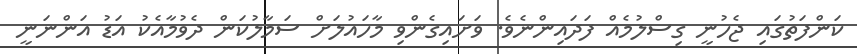
ކަންފަތުގައި ޖެހުނީ ގިސްލުމެއް ފަދައިންނެވެ. ވަށައިގެންވި މާހައުލަށް ސަމާލުކަން ދެވުމާއެކު އަޑު އަންނަނީ